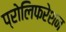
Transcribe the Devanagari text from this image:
प्रोलिफरेशन